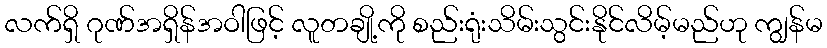
လက်ရှိ ဂုဏ်အရှိန်အဝါဖြင့် လူတချို့ကို စည်းရုံးသိမ်းသွင်းနိုင်လိမ့်မည်ဟု ကျွန်မ